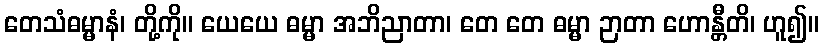
တေသံဓမ္မာနံ၊ တို့ကို။ ယေယေ ဓမ္မာ အဘိညာတာ၊ တေ တေ ဓမ္မာ ဉာတာ ဟောန္တီတိ၊ ဟူ၍။